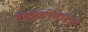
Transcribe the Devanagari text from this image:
वाहतूकनियोजनाचाच